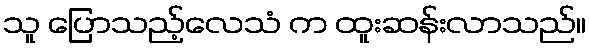
သူ ပြောသည့်လေသံ က ထူးဆန်းလာသည်။